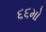
૬૬મો